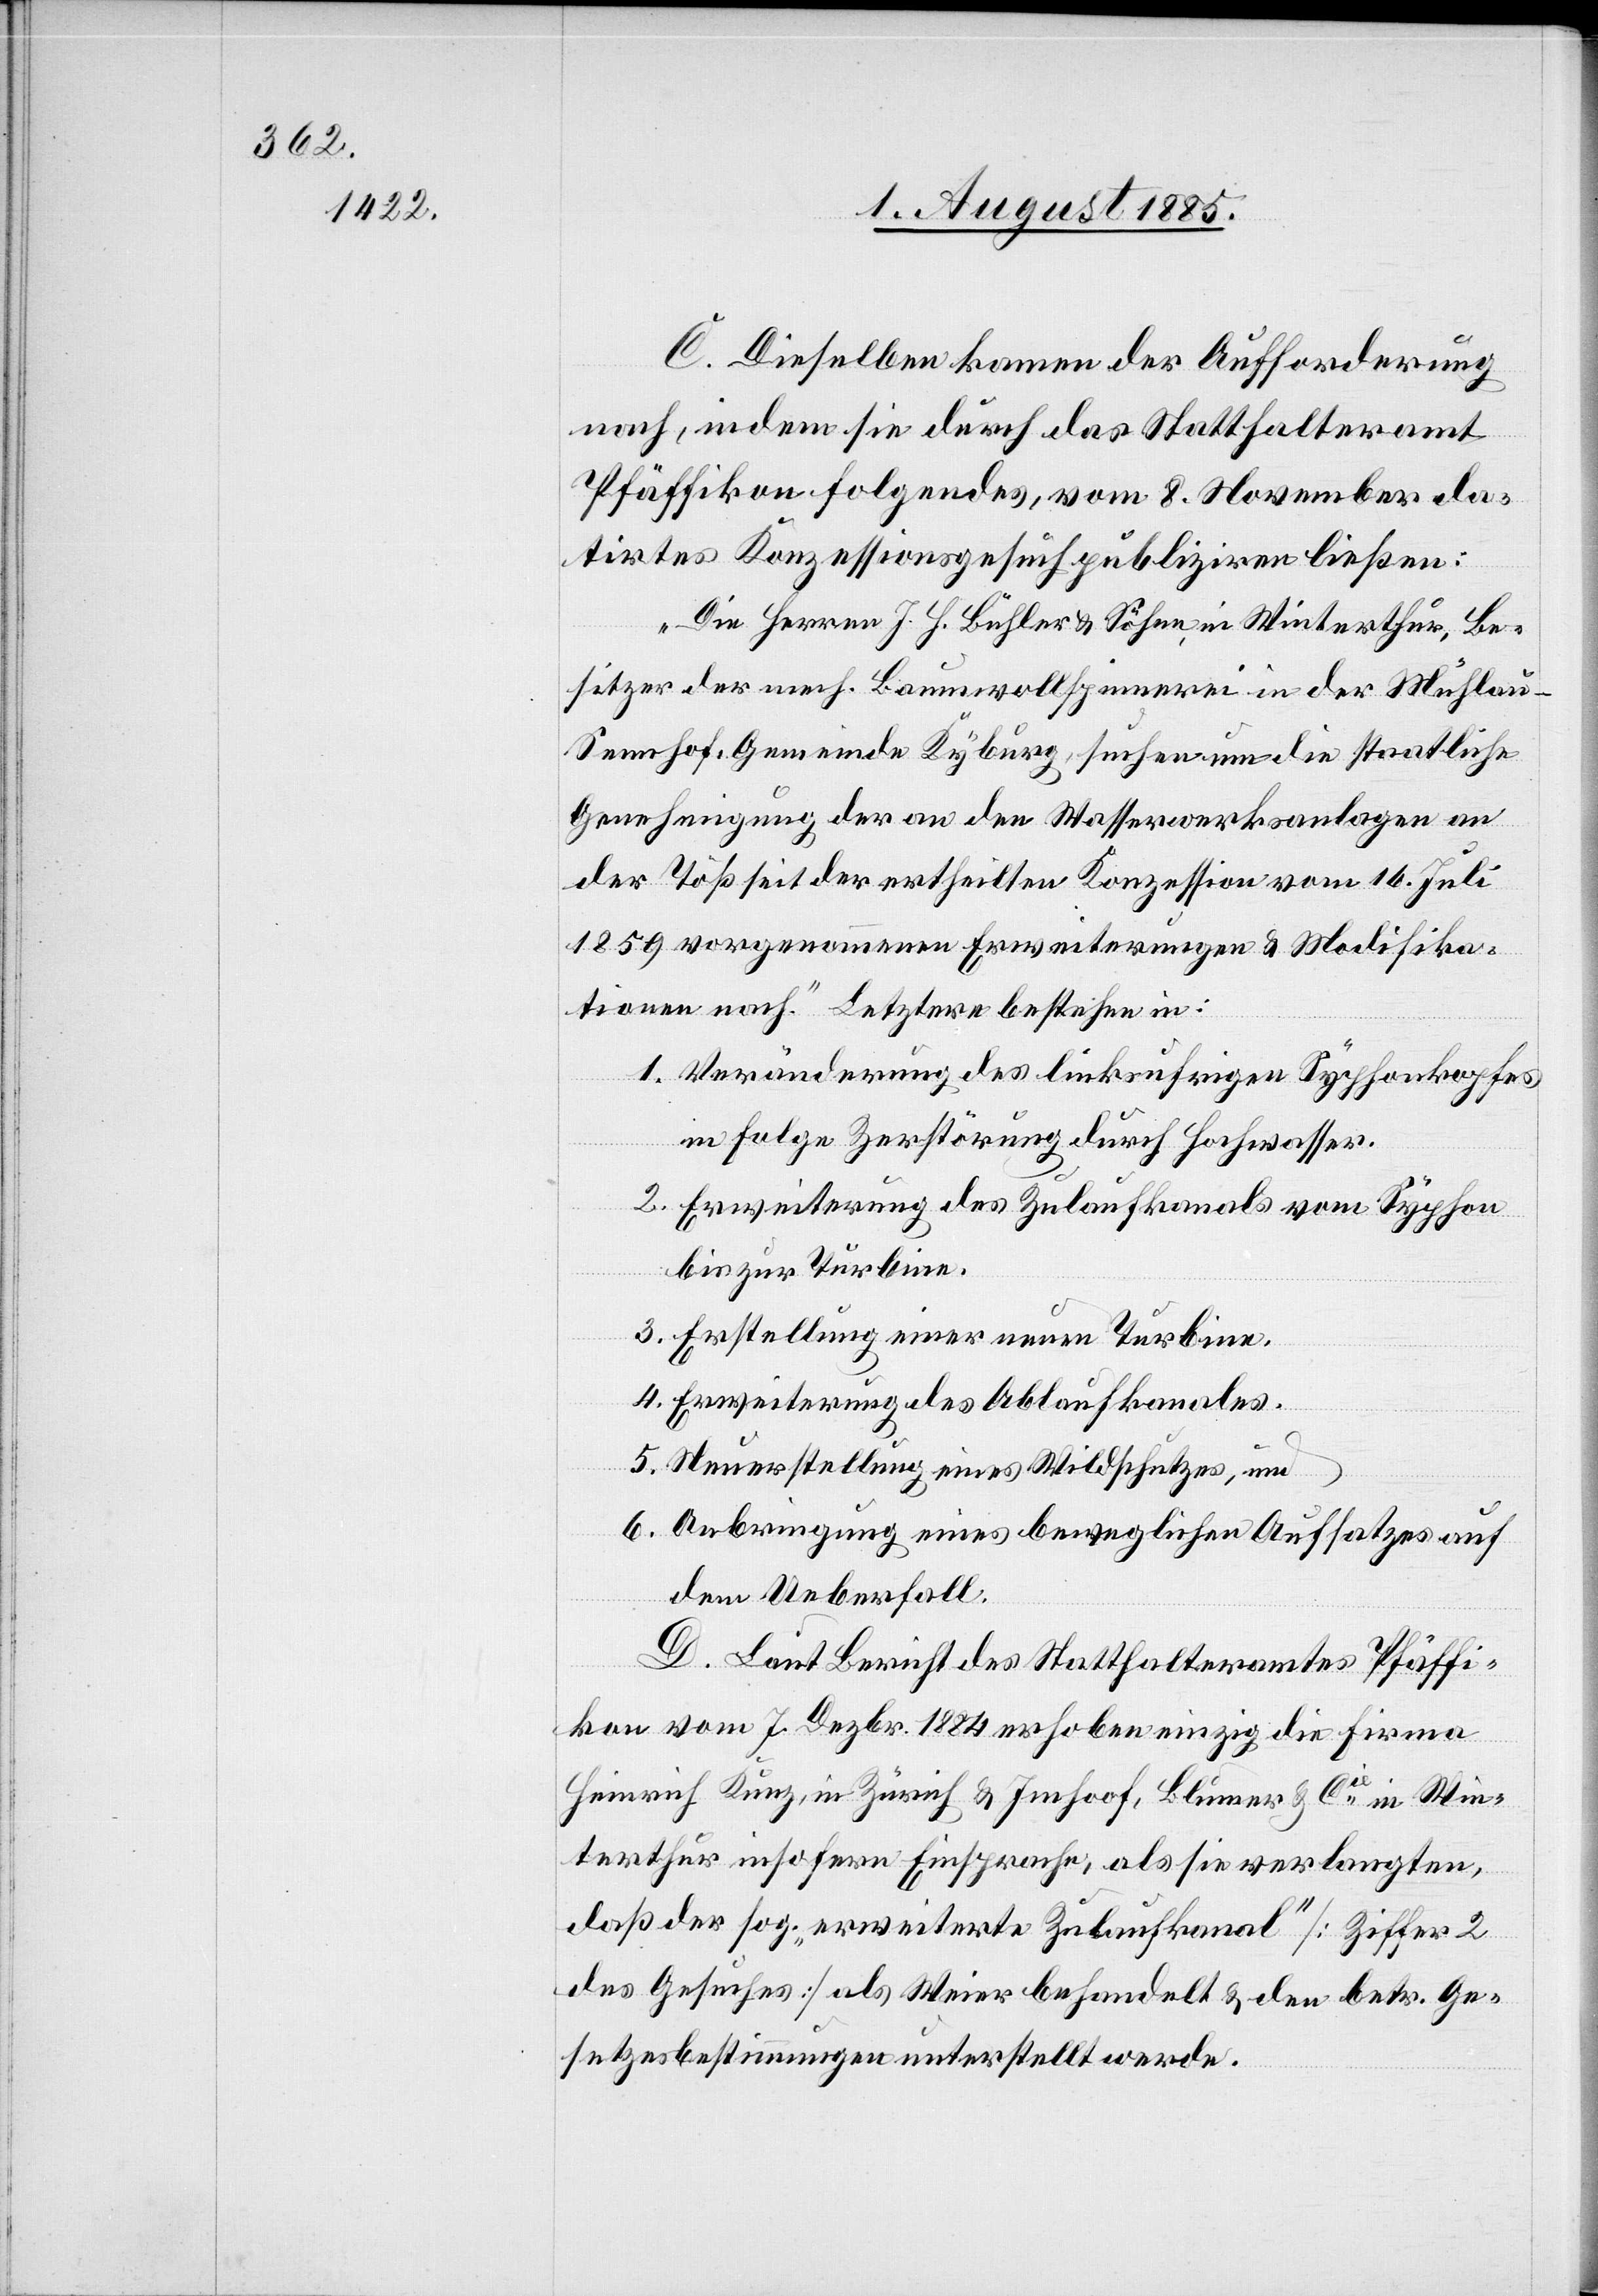
C. Dieselben kommen der Aufforderung
nach, indem sie durch das Statthalteramt
Pfäffikon folgendes, vom 8. November da¬
tirtes Konzessionsgesuch publiziren ließen:
„Die Herren J. H. Bühler & Söhne in Winterthur, Be¬
sitzer der mech. Baumwollspinnerei in der Mühlau
Sennhof, Gemeinde Kyburg, suchen um die staatliche
Genehmigung der an den Wasserwerksanlagen an
der Töß seit der ertheilten Konzession vom 16. Juli
1859 vorgenommenen Erweiterungen & Modifika¬
tionen nach.“ Letztere bestehen in:
1. Veränderungen des linksufrigen Syphonkopfes
in Folge Zerstörung durch Hochwasser.
2. Erweiterung des Zulaufkanals vom Syphon
bis zur Turbine.
3. Erstellung einer neuen Turbine.
4. Erweiterung des Ablaufkanales.
5. Neuerstellung eines Wildschutzes, und
6. Anbringung eines beweglichen Aufsatzes auf
den Ueberfall.
D. Laut Bericht des Statthalteramte Pfäffi¬
kon vom 7. Dezbr. 1884 erhoben einzig die Firma
Heinrich Kunz, in Zürich & Imhoof, Blumer & Cie in Win¬
terthur, insofern Einsprache, als sie verlangten,
daß der sog. „erweiterte Zulaufkanal“ [Ziffer 2
des Gesuches] als Weier behandelt & den betr. Ge¬
setzesbestimmungen unterstellt werde.